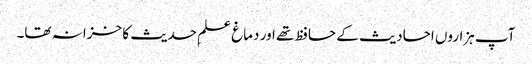
آپ ہزاروں احادیث کے حافظ تھے اور دماغ علمِ حدیث کا خزانہ تھا۔